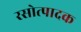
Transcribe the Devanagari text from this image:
रसोत्पादक